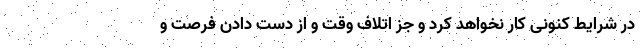
در شرایط کنونی کار نخواهد کرد و جز اتلاف وقت و از دست دادن فرصت و